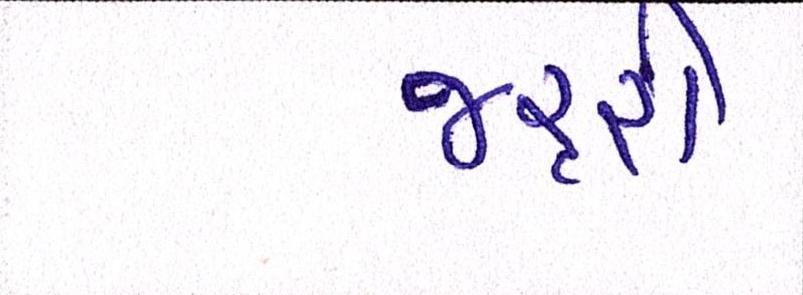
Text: જરૃરી